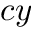
c y